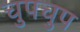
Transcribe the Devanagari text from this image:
चुपचुप